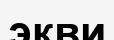
экви